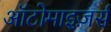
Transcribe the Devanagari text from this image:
ऑटोमाइज़र्स